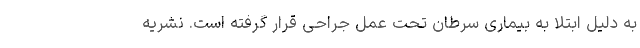
به دلیل ابتلا به بیماری سرطان تحت عمل جراحی قرار گرفته است. نشریه